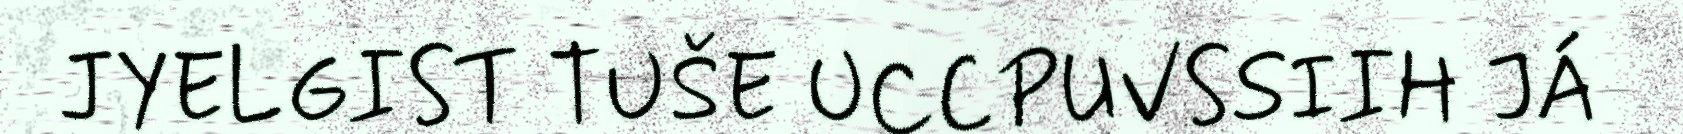
JYELGIST TUŠE UCCPUVSSIIH JÁ